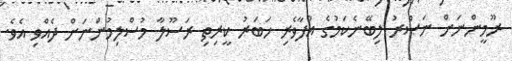
ރޫމީންނަށް ނަޞްރު ލިބޭނެކަމުގެ އުފާވެރި ޚަބަރު ކީރިތި ރަސޫލާ މުސްލިމުންނަށް ދެއްވި އެވެ.